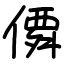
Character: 僲